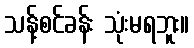
သန့်စင်ခန်း သုံးမရဘူး။